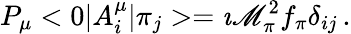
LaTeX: P_{\mu}<0|A_{i}^{\mu}|\pi_{j}>=\imath\mathscr{M}_{\pi}^{2}f_{\pi}\delta_{ij}\, .